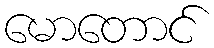
မောတောင်